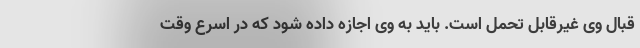
قبال وی غیرقابل تحمل است. باید به وی اجازه داده شود که در اسرع وقت